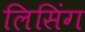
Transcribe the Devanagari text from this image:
लिसिंग